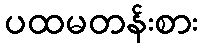
ပထမတန်းစား